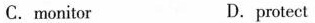
C.monitor D.protect